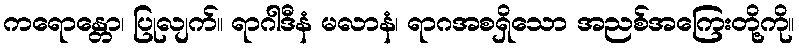
ကရောန္တော၊ ပြုလျက်။ ရာဂါဒီနံ မလာနံ၊ ရာဂအစရှိသော အညစ်အကြေးတို့ကို။